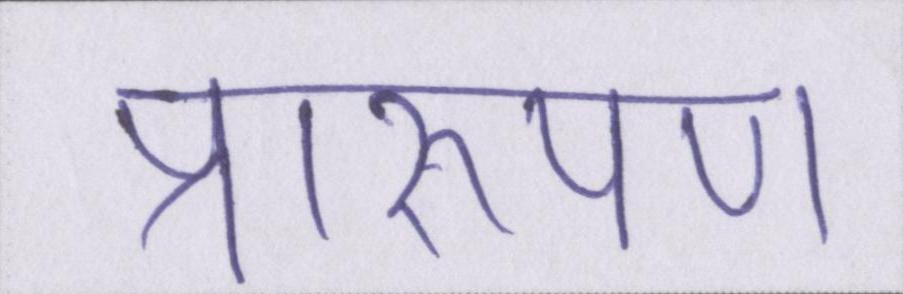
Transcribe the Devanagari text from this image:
प्रारूपण